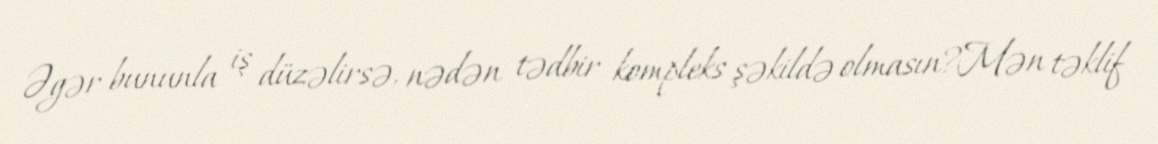
Əgər bununla iş düzəlirsə, nədən tədbir kompleks şəkildə olmasın?Mən təklif